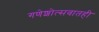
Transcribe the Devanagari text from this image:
गणेशोत्सवातही